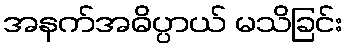
အနက်အဓိပ္ပာယ် မသိခြင်း